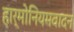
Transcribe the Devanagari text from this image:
हार्मोनियमवादन